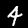
Label: 4